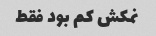
نمکش کم بود فقط